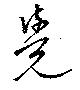
覚